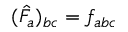
( \hat { F } _ { a } ) _ { b c } = f _ { a b c }